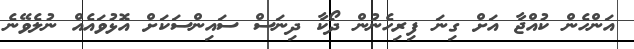
އަންހެން ކުއްޖާ އަށް ގިނަ ފިރިހެނުން ދޯކާ ދިނަސް ސައިންސަކަށް އޮޅުވައެއް ނުލެވޭނެ